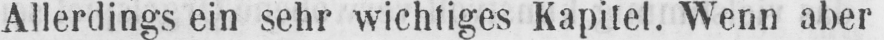
Allerdings ein sehr wichtiges Kapitel. Wenn aber